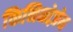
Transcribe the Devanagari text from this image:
किनिनोज़ेन